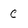
Character: C